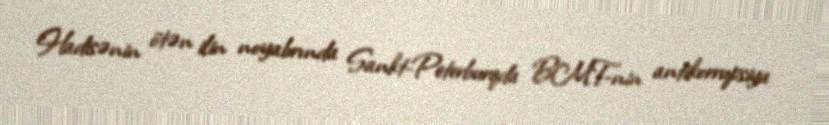
Hadisənin ötən ilin noyabrında Sankt-Peterburqda BMT-nin antikorrupsiya